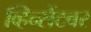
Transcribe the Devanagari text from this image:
व्हिन्सेंटवर